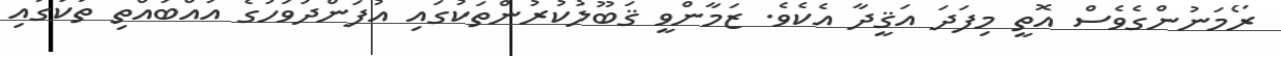
ރޯމަނުންގެވެސް އޮތީ މިފަދަ އަޤީދާ އެކެވެ. ޒަމާންވީ ޤަބޫލުކުރުންތަކުގައި އުފަންދުވަހުގެ އުއްބައްތި ތަކުގައި